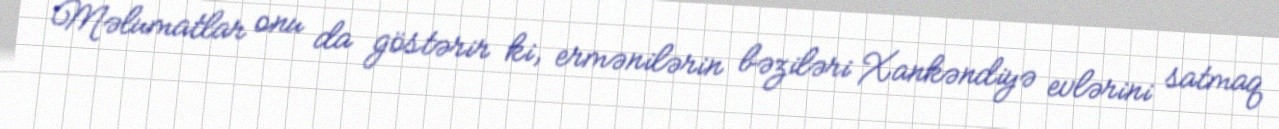
Məlumatlar onu da göstərir ki, ermənilərin bəziləri Xankəndiyə evlərini satmaq